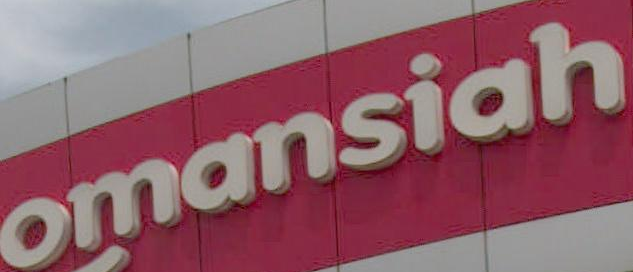
omansiah